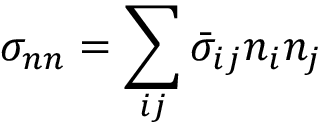
\sigma _ { n n } = \sum _ { i j } \bar { \sigma } _ { i j } n _ { i } n _ { j }